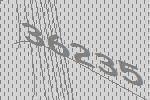
36235